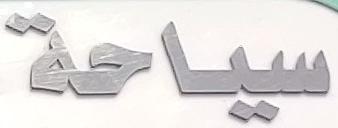
سياحة